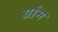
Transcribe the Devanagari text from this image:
ग्रांम